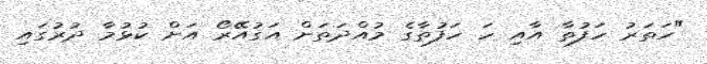
"ހަތަރު ހަފުތާ އާއި ހަ ހަފުތާގެ މުއްދަތަށް އަގުއޭރޯ އަށް ކުޅުމާ ދުރުގައި